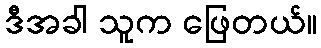
ဒီအခါ သူက ဖြေတယ်။